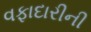
વફાદારીની